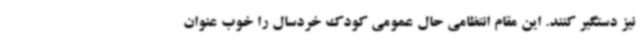
نیز دستگیر کنند. این مقام انتظامی حال عمومی کودک خردسال را خوب عنوان